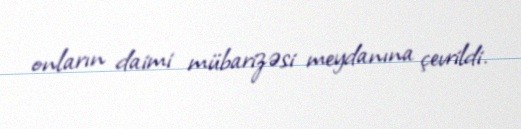
onların daimi mübarizəsi meydanına çevrildi.